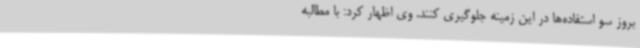
بروز سو استفاده‌ها در این زمینه جلوگیری کنند. وی اظهار کرد: با مطالبه